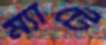
ম্যাটে